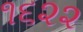
૧૬૨૨